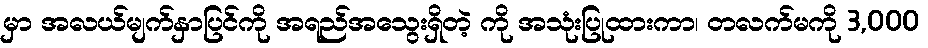
မှာ အလယ်မျက်နှာပြင်ကို အရည်အသွေးရှိတဲ့ ကို အသုံးပြုထားကာ၊ တလက်မကို 3,000